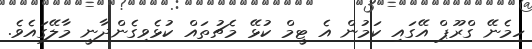
ހިމެނޭ ގްރޫޕް އޭގައި ކަމުން އެ ޓީމް ކުޅޭ މެޗުތައް ކުޅެވިގެންދާނީ މާލޭގައެވެ.